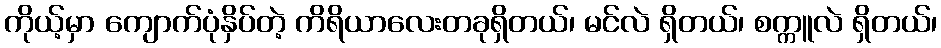
ကိုယ့်မှာ ကျောက်ပုံနှိပ်တဲ့ ကိရိယာလေးတခုရှိတယ်၊ မင်လဲ ရှိတယ်၊ စက္ကူလဲ ရှိတယ်၊